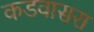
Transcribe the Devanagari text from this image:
कडवासरा